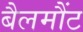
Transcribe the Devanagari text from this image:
बैलमौंट